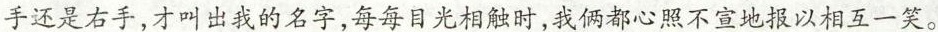
手还是右手，才叫出我的名字，每每目光相触时，我俩都心照不宣地报以相互一笑。